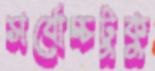
সর্বোচ্চটুকু